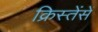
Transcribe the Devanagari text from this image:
क्रिस्तेंसें